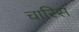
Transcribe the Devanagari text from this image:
चारिस